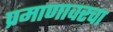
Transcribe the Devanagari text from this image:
प्रमाणावरचा